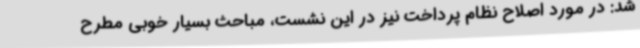
شد: در مورد اصلاح نظام پرداخت نیز در این نشست، مباحث بسیار خوبی مطرح